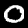
Label: 0